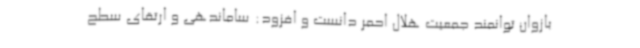
بازوان توانمند جمعیت هلال احمر دانست و افزود: ساماندهی و ارتقای سطح